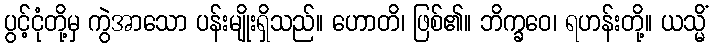
ပွင့်ငုံတို့မှ ကွဲအာသော ပန်းမျိုးရှိသည်။ ဟောတိ၊ ဖြစ်၏။ ဘိက္ခဝေ၊ ရဟန်းတို့။ ယသ္မိံ